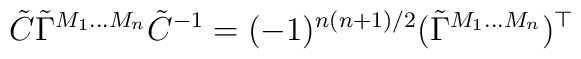
\tilde{C} \tilde{\Gamma}^{M_1 \ldots M_n} \tilde{C}^{-1} = (-1)^{n(n+1)/2} (\tilde{\Gamma}^{M_1 \ldots M_n})^{\top}